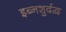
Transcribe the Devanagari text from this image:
इब्नशुर्दद्व